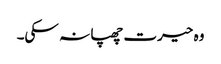
وہ حیرت چھپا نہ سکی۔